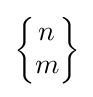
\left\{{\begin{matrix}n\\m\end{matrix}}\right\}